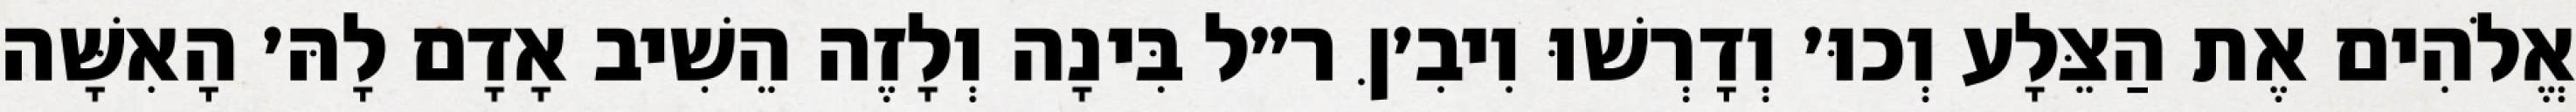
אֱלֹהִים אֶת הַצֵּלָע וְכוּ׳ וְדָרְשׁוּ וִיבִ׳ןּ ר״ל בִּינָה וְלָזֶה הֵשִׁיב אָדָם לָהּ׳ הָאִשָּׁה